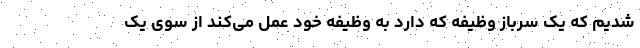
شدیم که یک سرباز وظیفه که دارد به وظیفه خود عمل می‌کند از سوی یک